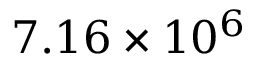
7 . 1 6 \times 1 0 ^ { 6 }